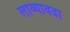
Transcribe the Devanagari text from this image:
लाव्यावढा